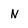
Character: N